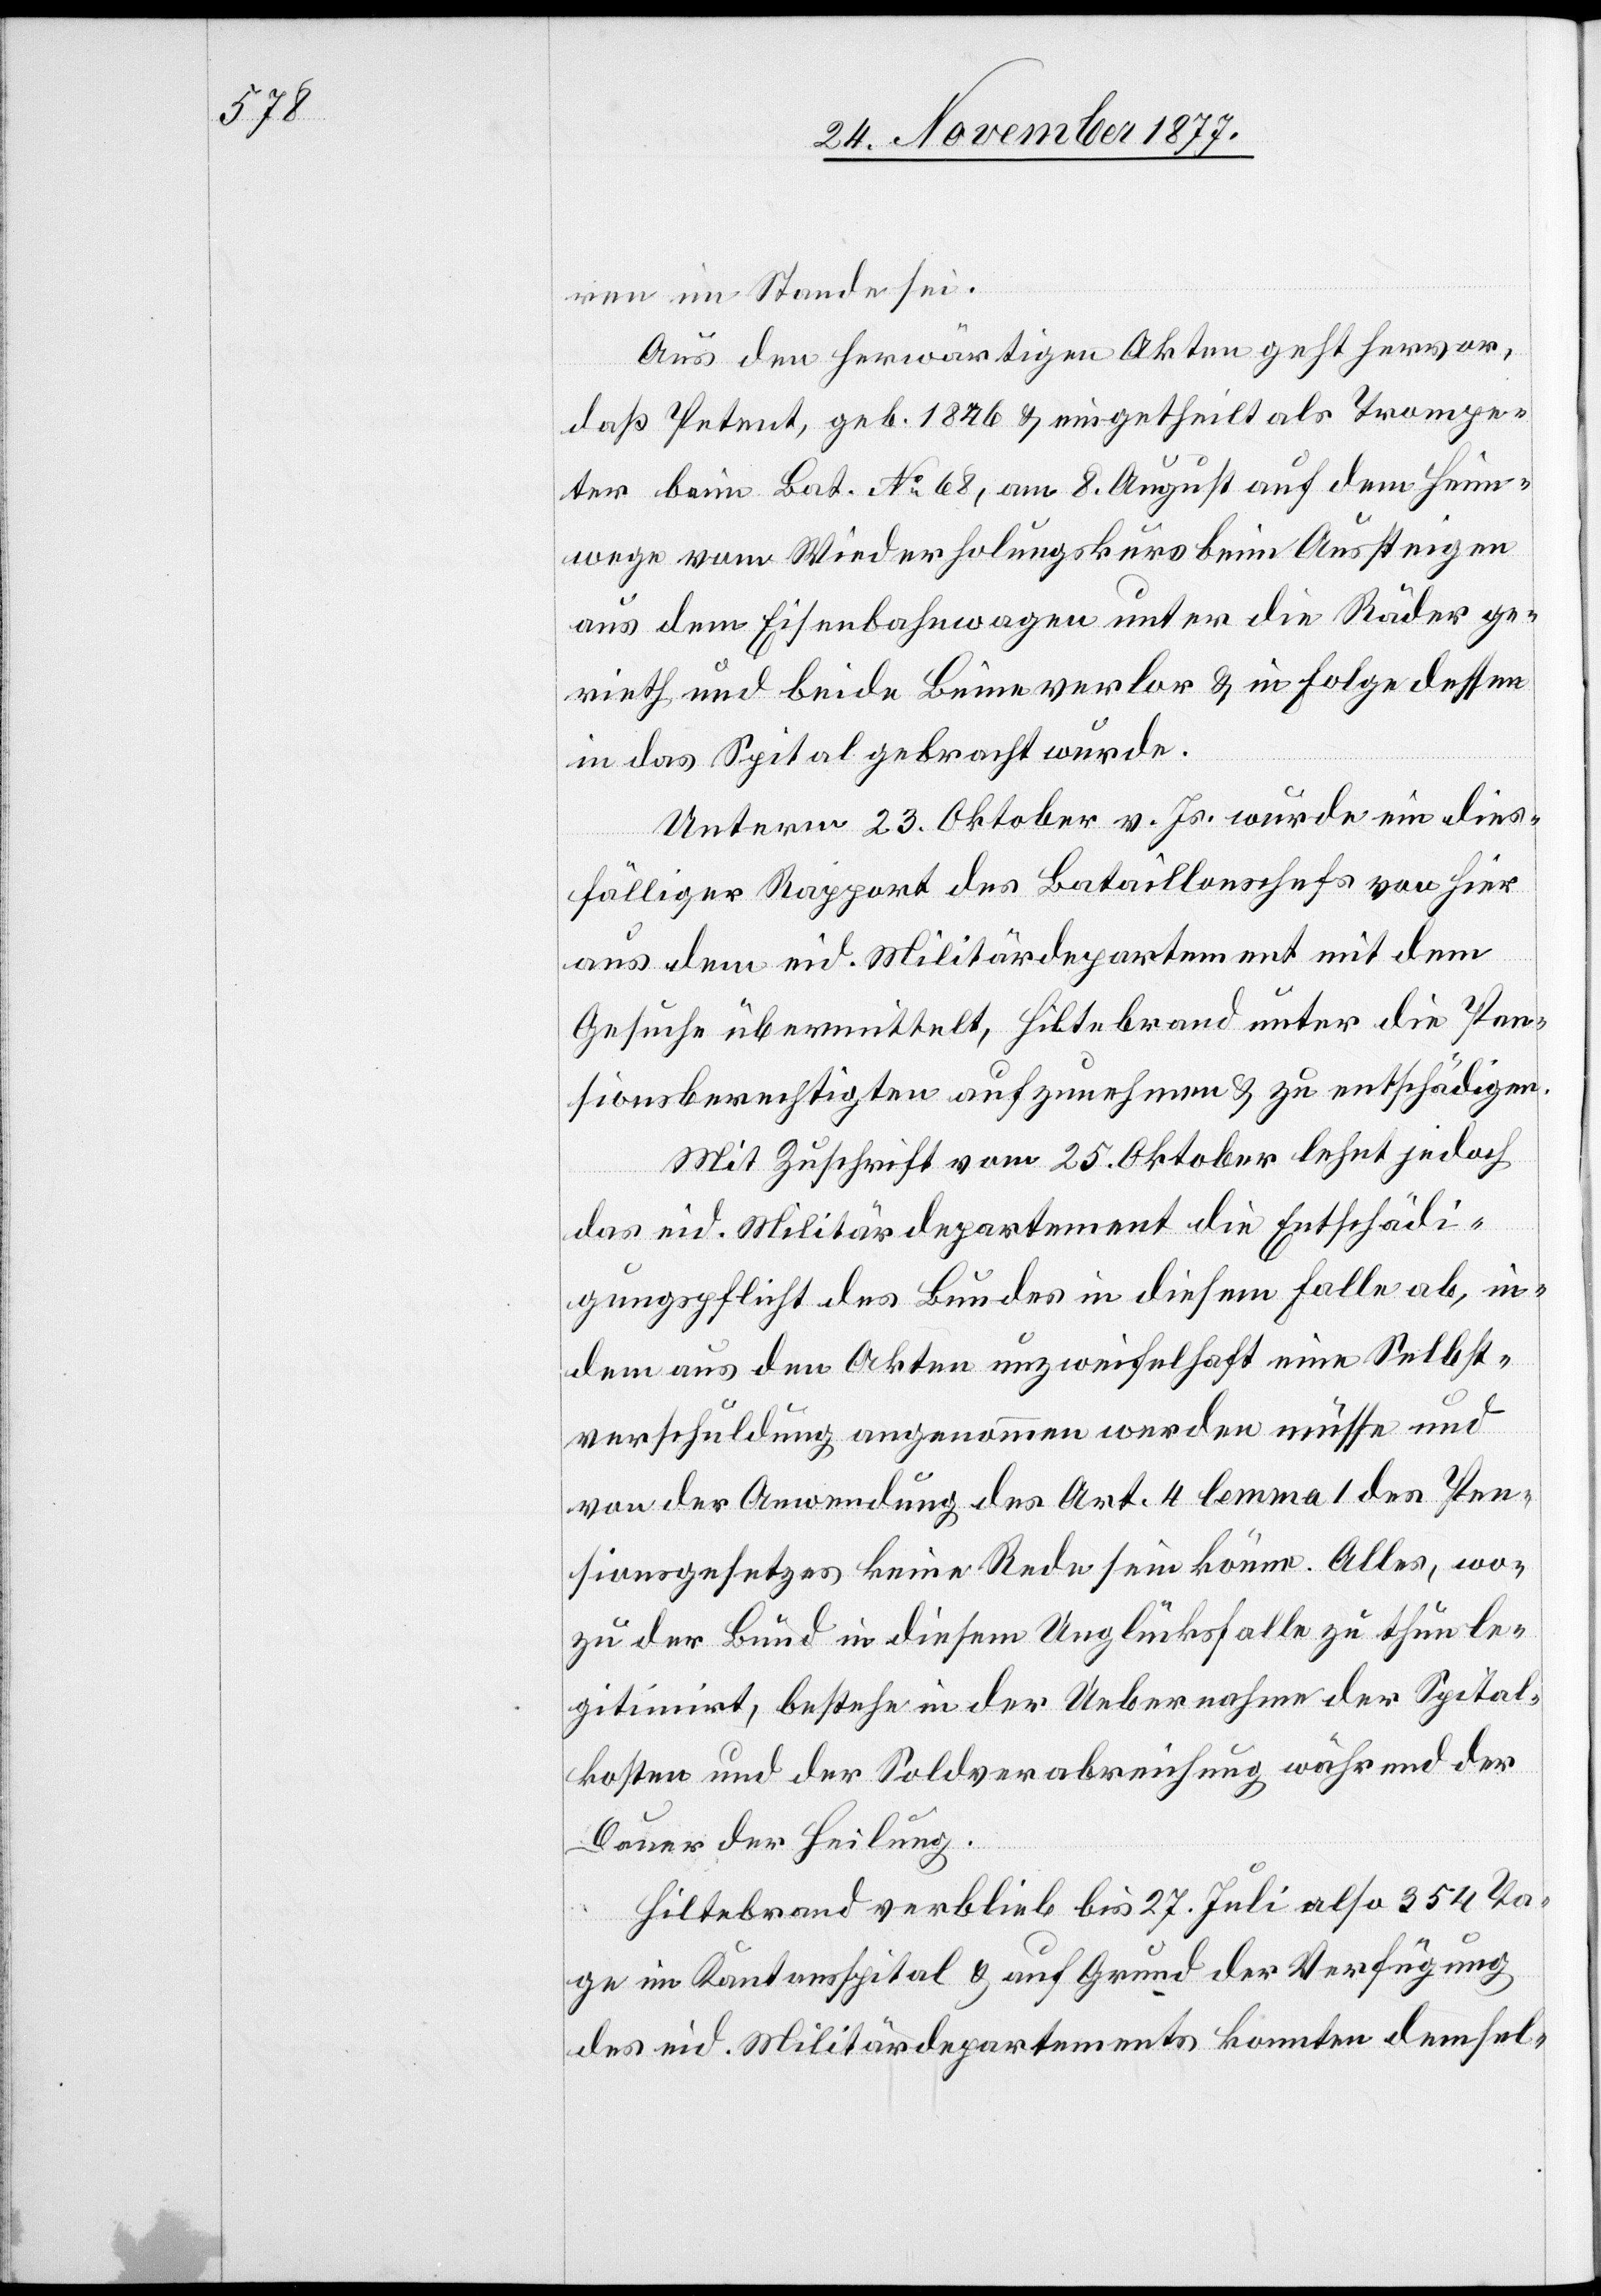
ren im Stande sei.
Aus den herwärtigen Akten geht hervor,
daß Petent, geb. 1846 & eingetheilt als Trompe¬
ter beim Bat. No 68, am 8. August auf dem Heim¬
wege vom Wiederholungskurs beim Aussteigen
aus dem Eisenbahnwagen unter die Räder ge¬
rieth und beide Beine verlor & in Folge dessen
in das Spital gebracht wurde.
Unterm 23. Oktober v. Js. wurde ein dies¬
fälliger Rapport des Bataillonschefs von hier
aus dem eid. Militärdepartement mit dem
Gesuche übermittelt, Hiltebrand unter die Pen¬
sionsberechtigten aufzunehmen & zu entschädigen.
Mit Zuschrift vom 25. Oktober lehnt jedoch
das eid. Militärdepartement die Entschädi¬
gungspflicht des Bundes in diesem Falle ab, in¬
dem aus den Akten unzweifelhaft eine Selbst¬
verschuldung angenommen werden müsse und
von der Anwendung des Art. 4 lemma 1 des Pen¬
sionsgesetzes keine Rede sein könne. Alles, wo¬
zu der Bund in diesem Unglücksfalle zu thun le¬
gitimirt, bestehe in der Uebernahme der Spital¬
kosten und der Soldverabreichung während der
Dauer der Heilung.
Hiltebrand verblieb bis 27. Juli also 354 Ta¬
ge im Kantonsspital & auf Grund der Verfügung
des eid. Militärdepartements konnten demsel-